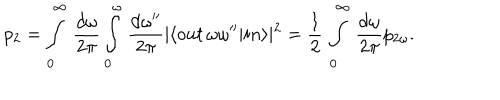
LaTeX: p _ { 2 } = \int _ { 0 } ^ { \infty } \, \frac { d \omega } { 2 \pi } \int _ { 0 } ^ { \omega } \, \frac { d \omega ^ { \prime \prime } } { 2 \pi } \vert \langle o u t \, \omega \omega ^ { \prime \prime } \vert i n \rangle \vert ^ { 2 } = \frac 1 2 \, \int _ { 0 } ^ { \infty } \, \frac { d \omega } { 2 \pi } p _ { 2 \omega } .